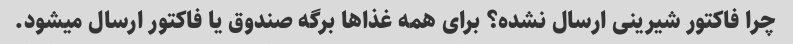
چرا فاکتور شیرینی ارسال نشده؟ برای همه غذاها برگه صندوق یا فاکتور ارسال میشود.